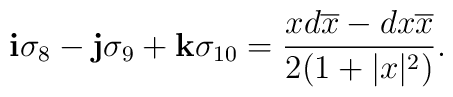
{\bf i}\sigma_8-{\bf j}\sigma_9+{\bf k}\sigma_{10}={{x d\overline{x}-d{x}\overline{x} }\over{2(1+|x|^2)}}.